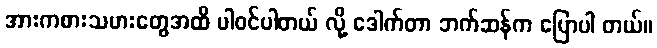
အားကစားသမားတွေအထိ ပါဝင်ပါတယ် လို့ ဒေါက်တာ ဘက်ဆန်က ပြောပါ တယ်။